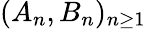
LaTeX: (A_{n},B_{n})_{n\ge 1}